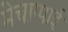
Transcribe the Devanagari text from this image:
मेचाप्पाई